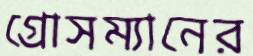
গ্রোসম্যানের